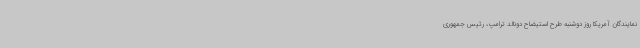
نمایندگان آمریکا روز دوشنبه طرح استیضاح دونالد ترامپ، رئیس جمهوری